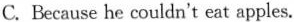
C.Because he couldn't eat apples.